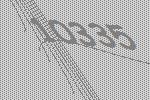
10335